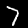
Digit: 7